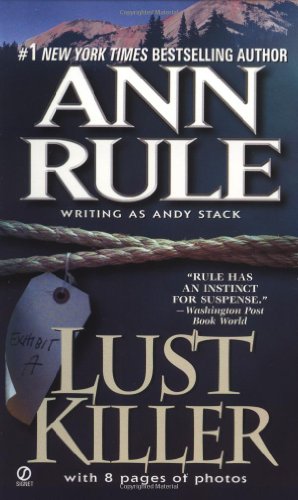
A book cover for Lust Killer, Updated Edition; Ann Rule; Biographies & Memoirs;